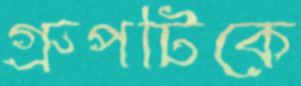
গ্রুপটিকে